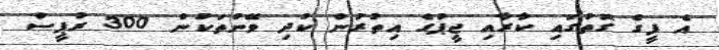
އެ ފީގެ ގޮތުގައި ކާރާއި ޖީޕުގެ އިތުރުން ކުދި ވޭނުތަކުން 300 ރުޕީސް